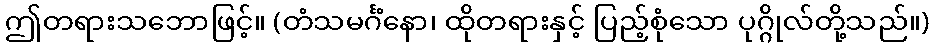
ဤတရားသဘောဖြင့်။ (တံသမင်္ဂံနော၊ ထိုတရားနှင့် ပြည့်စုံသော ပုဂ္ဂိုလ်တို့သည်။)